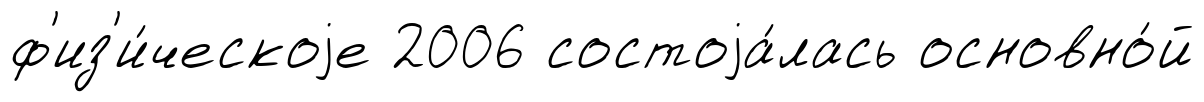
ф'из'и́ческоjе 2006 состоjа́лась основно́й